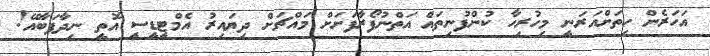
އަހަރެން ހިތަށްއަރަނީ މިހުރިހާ ކުންފުނިތައް އަތްނުފޯރާފަށަށް މައްޗަށް ދިޔައިރު އެމްޓީޑީސީ އޮތީ ނިދާފަބާއޭ!